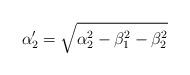
LaTeX: \begin{align*}\alpha'_{2}=\sqrt{\alpha_{2}^{2}-\beta_{1}^{2}-\beta_{2}^{2}}\end{align*}